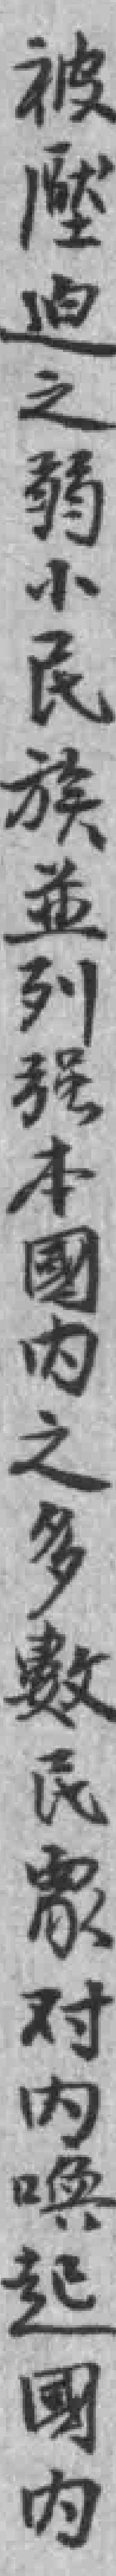
被壓迫之弱小民族並列强本國内之多數民衆对内喚起國内